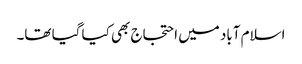
اسلام آباد میں احتجاج بھی کیا گیا تھا۔